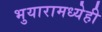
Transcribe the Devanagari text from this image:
भुयारामध्येही